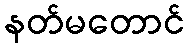
နတ်မတောင်